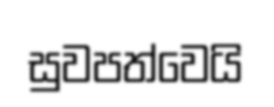
සුවපත්වෙයි